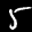
Label: 5